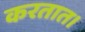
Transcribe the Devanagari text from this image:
करतात।